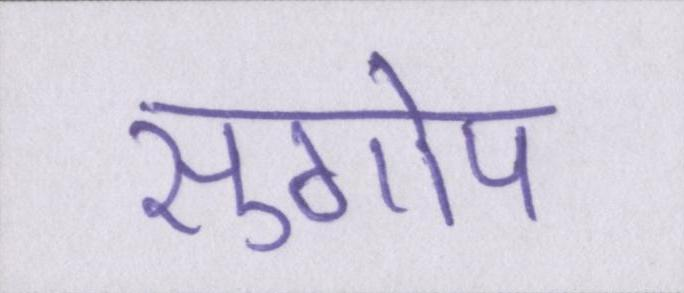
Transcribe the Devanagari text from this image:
सुगोप